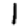
Digit: 1